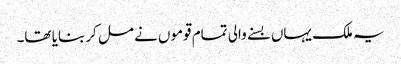
یہ ملک یہاں بسنے والی تمام قوموں نے مل کر بنایا تھا۔